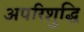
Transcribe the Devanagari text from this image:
अपरिशुद्धि